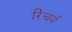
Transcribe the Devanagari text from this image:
रिचर्य